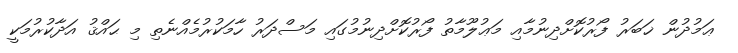
ޢަމުދުން ޚަބަރު ފޯރުކޮށްދިނުމާއި މަޢުލޫމާތު ފޯރުކޮށްދިނުމުގައި މަސްދަރު ހާމަކުރުމެއްނެތި މި ޙައްޤު އަދާކުރުމަކީ